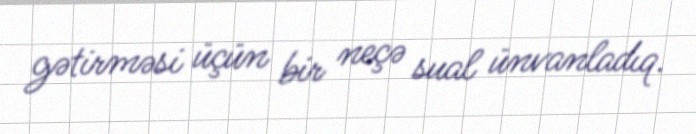
gətirməsi üçün bir neçə sual ünvanladıq.